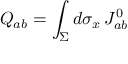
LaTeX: Q _ { a b } = \int _ { \Sigma } d \sigma _ { x } \, J _ { a b } ^ { 0 }